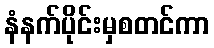
နံနက်ပိုင်းမှစတင်ကာ